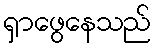
ရှာဖွေနေသည်